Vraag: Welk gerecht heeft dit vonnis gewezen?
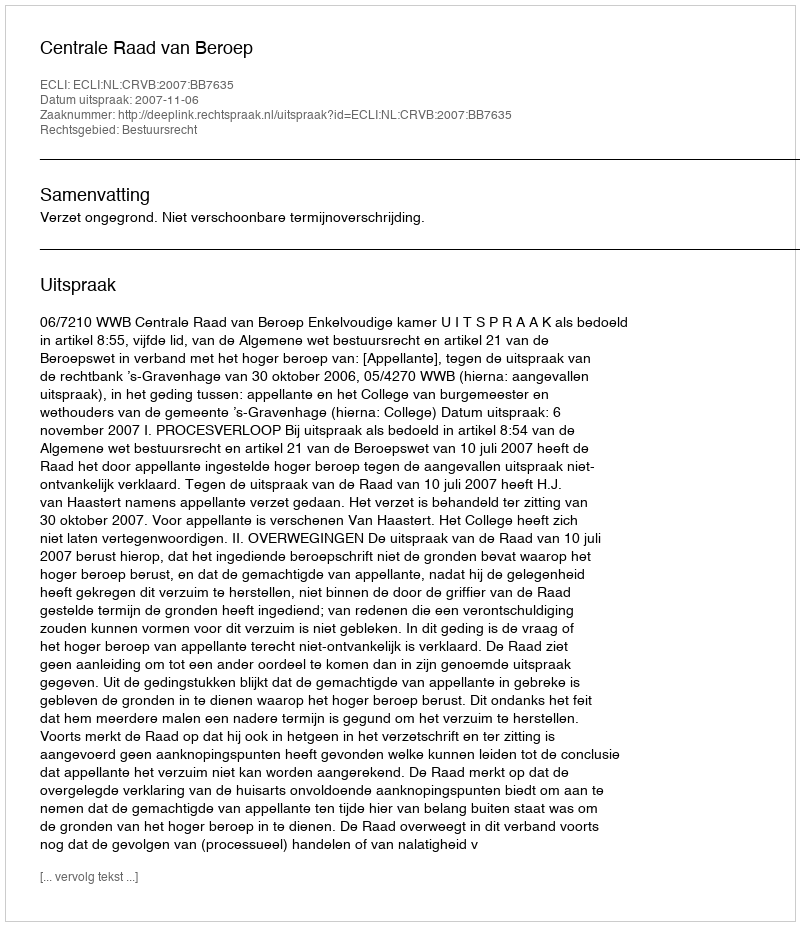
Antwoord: Centrale Raad van Beroep